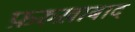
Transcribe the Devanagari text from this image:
फ़रुख़ाबाद